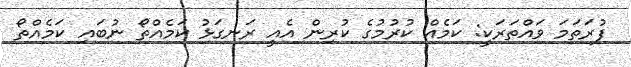
ފުރަތަމަ ވައްތަރަކީ: ކަމެއް ކުރުމުގެ ކުރިން އެއީ ރަނގަޅު ކަމެއްތޯ ނުބައި ކަމެއްތޯ